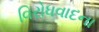
વિરોધવાદના